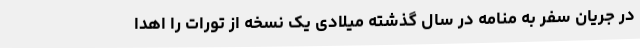
در جریان سفر به منامه در سال گذشته میلادی یک نسخه از تورات را اهدا